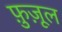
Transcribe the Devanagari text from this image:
फ़ुज़ूल